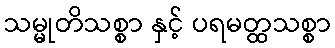
သမ္မုတိသစ္စာ နှင့် ပရမတ္ထသစ္စာ